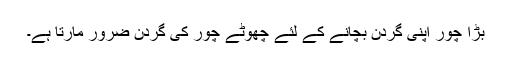
بڑا چور اپنی گردن بچانے کے لئے چھوٹے چور کی گردن ضرور مارتا ہے۔